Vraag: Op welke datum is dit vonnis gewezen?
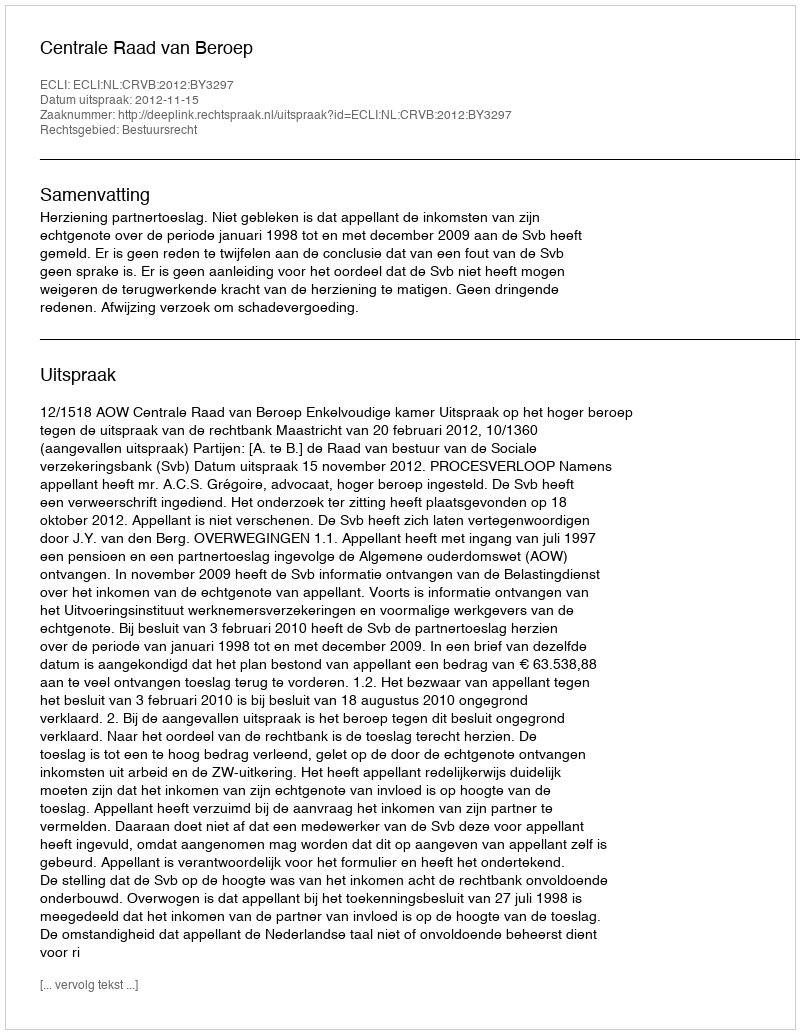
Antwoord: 2012-11-15